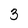
Character: 3